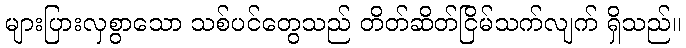
များပြားလှစွာသော သစ်ပင်တွေသည် တိတ်ဆိတ်ငြိမ်သက်လျက် ရှိသည်။